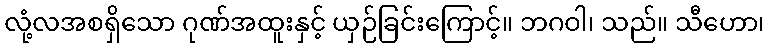
လုံ့လအစရှိသော ဂုဏ်အထူးနှင့် ယှဉ်ခြင်းကြောင့်။ ဘဂဝါ၊ သည်။ သီဟော၊